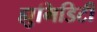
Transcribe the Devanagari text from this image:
ह्युमिडिटी